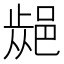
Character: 𨜁